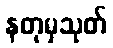
နတုမှသုတ်